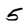
Character: 5